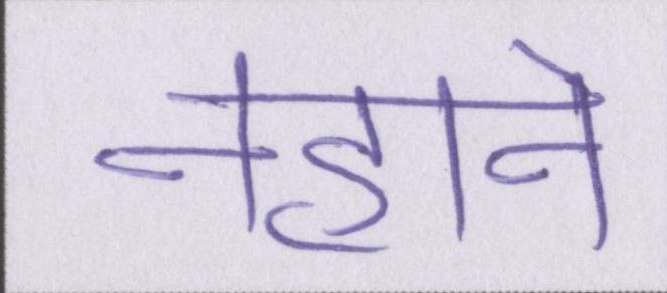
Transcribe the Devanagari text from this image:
नहाने